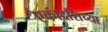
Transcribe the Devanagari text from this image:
एकादशिच्या